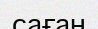
саған